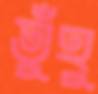
তুঁহু